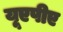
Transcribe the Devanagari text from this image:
यूएपीए